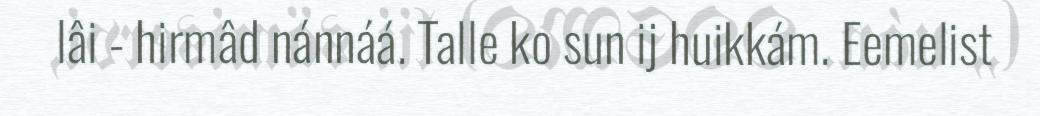
lâi - hirmâd nánnáá. Talle ko sun ij huikkám. Eemelist